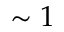
\sim 1